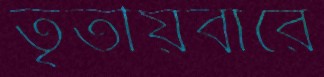
তৃতীয়বারে